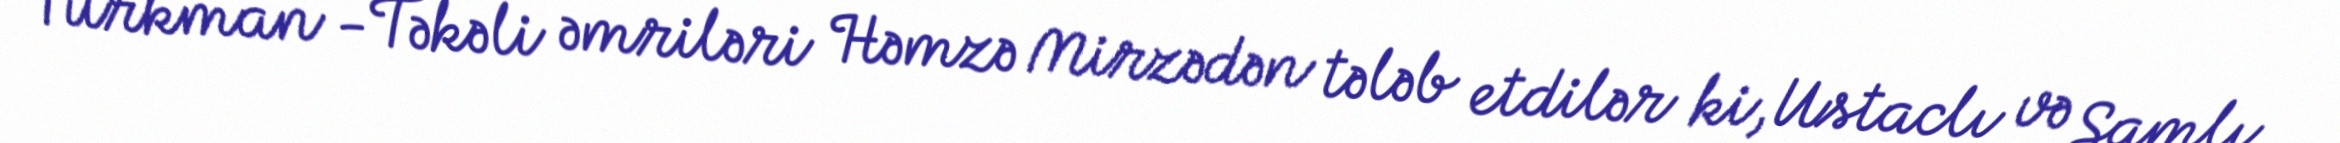
Türkman -Təkəli əmriləri Həmzə Mirzədən tələb etdilər ki, Ustaclı və Şamlı